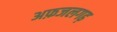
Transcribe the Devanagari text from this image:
अफ़जलगढ़